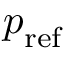
\boldsymbol { p } _ { \mathrm { r e f } }